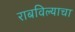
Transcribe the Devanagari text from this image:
राबविल्याचा